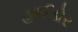
હાઈડોર